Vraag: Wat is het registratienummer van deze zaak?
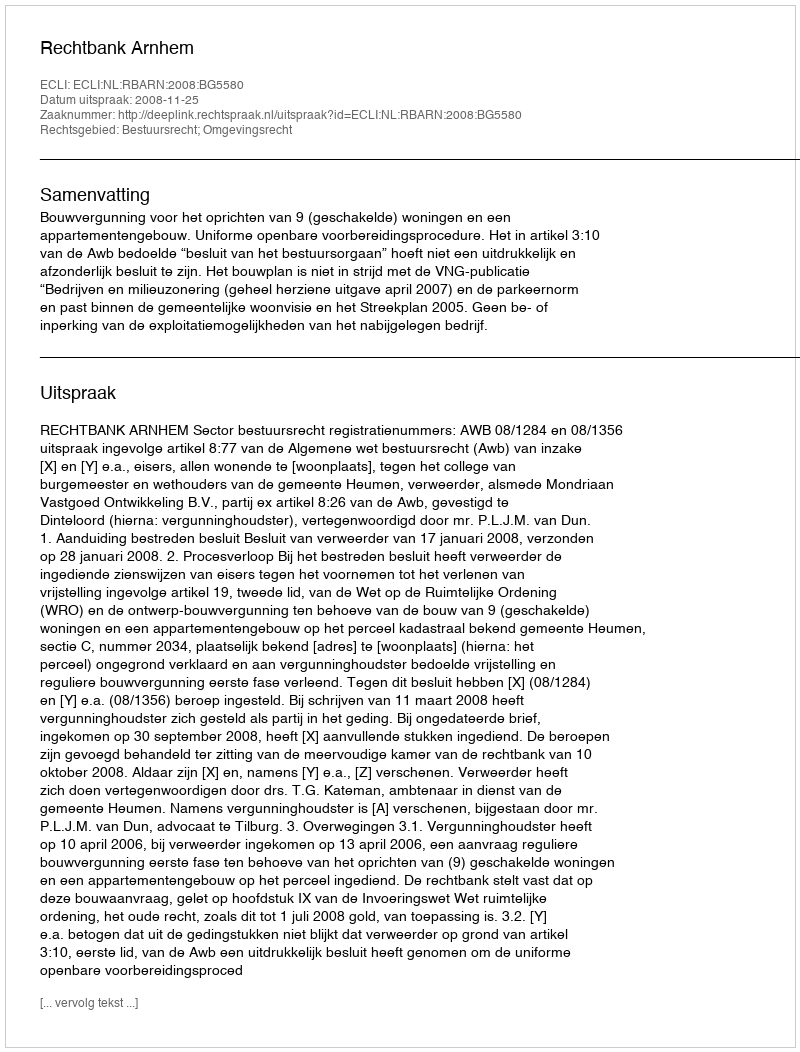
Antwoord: http://deeplink.rechtspraak.nl/uitspraak?id=ECLI:NL:RBARN:2008:BG5580